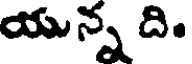
యున్న ది.